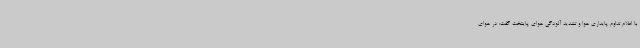
با اعلام تداوم پایداری هوا و تشدید آلودگی هوای پایتخت گفت: در هوای